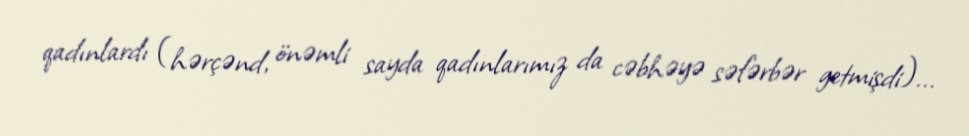
qadınlardı (hərçənd, önəmli sayda qadınlarımız da cəbhəyə səfərbər getmişdi)...